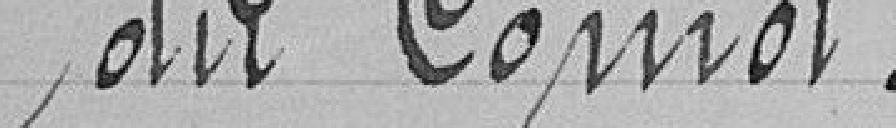
du Coinot